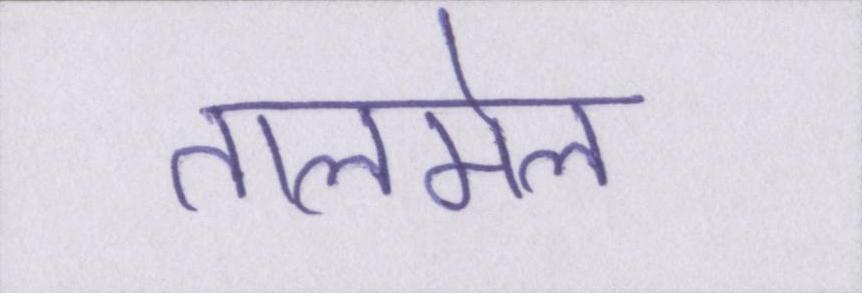
तालमेल